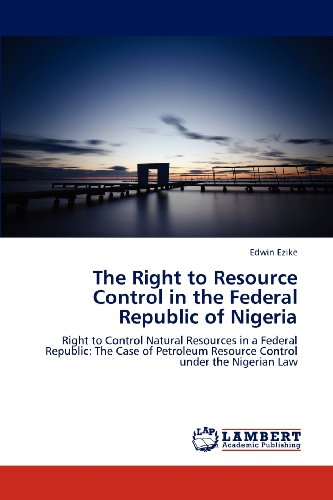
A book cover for The Right to Resource Control in the Federal Republic of Nigeria: Right to Control Natural Resources in a Federal Republic: The Case of Petroleum Resource Control under the Nigerian Law; Edwin Ezike; Law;